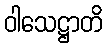
ဝါသေဋ္ဌာတိ